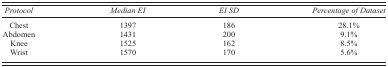
| Protocol | Median EI | EI SD | Percentage of Dataset |
 | --- | --- | --- | --- |
 | Chest | 1397 | 186 | 28.1% |
 | Abdomen | 1431 | 200 | 9.1% |
 | Knee | 1525 | 162 | 8.5% |
 | Wrist | 1570 | 170 | 5.6% |